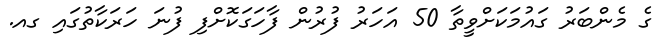
ގެ މެންބަރު ގައުމަކަށްވީތާ 50 އަހަރު ފުރުން ފާހަގަކޮށްފި ފުނަ ހަރަކާތުގައި ގއ.